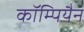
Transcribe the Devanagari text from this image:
कॉम्पियैन